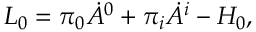
{ \cal L } _ { 0 } = \pi _ { 0 } \dot { A } ^ { 0 } + \pi _ { i } \dot { A } ^ { i } - { \cal H } _ { 0 } ,